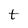
Character: t